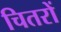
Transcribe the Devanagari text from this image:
चितरों